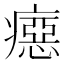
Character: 癋